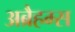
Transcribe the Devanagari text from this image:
अब्रैहम्स